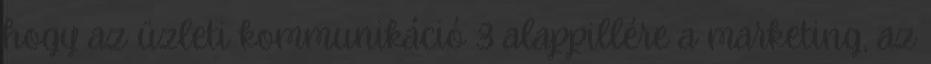
hogy az üzleti kommunikáció 3 alappillére a marketing, az